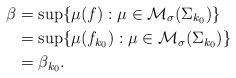
LaTeX: \begin{align*}\beta &= \sup \{ \mu(f) : \mu \in \mathcal{M}_{\sigma}(\Sigma_{k_0})\} \\ &= \sup \{ \mu(f_{k_0}) : \mu \in \mathcal{M}_{\sigma}(\Sigma_{k_0})\} \\ &= \beta_{k_0}.\end{align*}